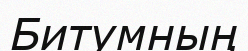
Битумның